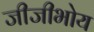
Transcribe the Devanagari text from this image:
जीजीभोय